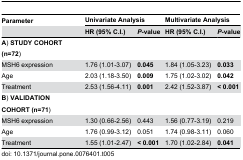
| Parameter | <COLSPAN=2> Univariate Analysis | <COLSPAN=2> Multivariate Analysis |
 |  | HR (95% C.I.) | P-value | HR (95% C.I.) | P-value |
 | --- | --- | --- | --- | --- |
 | A) STUDY COHORT (n=72) |  |  |  |  |
 | MSH6 expression | 1.76 (1.01-3.07) | 0.045 | 1.84 (1.05-3.23) | 0.033 |
 | Age | 2.03 (1.18-3.50) | 0.009 | 1.75 (1.02-3.02) | 0.042 |
 | Treatment | 2.53 (1.56-4.11) | 0.001 | 2.42 (1.52-3.87) | < 0.001 |
 | B) VALIDATION COHORT (n=71) |  |  |  |  |
 | MSH6 expression | 1.30 (0.66-2.56) | 0.443 | 1.56 (0.77-3.19) | 0.219 |
 | Age | 1.76 (0.99-3.12) | 0.051 | 1.74 (0.98-3.11) | 0.060 |
 | Treatment | 1.55 (1.01-2.47) | < 0.001 | 1.70 (1.02-2.84) | 0.041 |